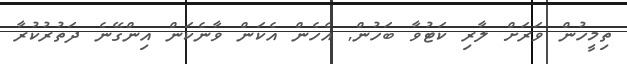
ތިމީހުން ވަރަށް ލާރި ކަޓުވާ ބަހުން